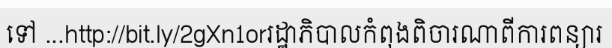
ទៅ ...http://bit.ly/2gXn1orរដ្ឋាភិបាលកំពុងពិចារណាពីការពន្យារ